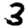
Digit: 3